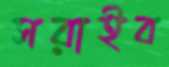
সরাইব